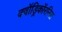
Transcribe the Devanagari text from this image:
क्वॉड्रिकॉरनिस